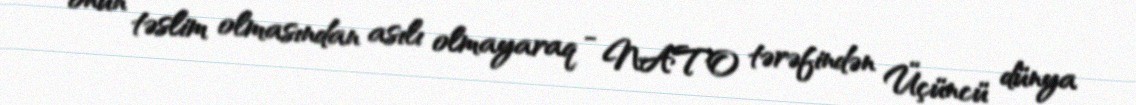
onun təslim olmasından asılı olmayaraq - NATO tərəfindən Üçüncü dünya